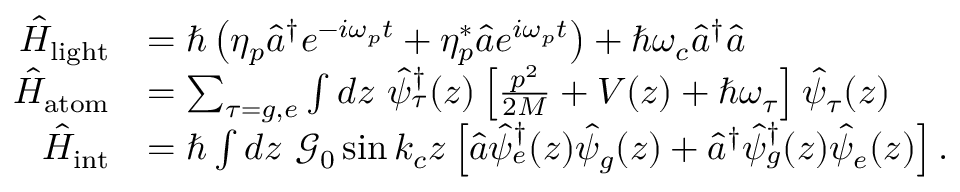
\begin{array} { r l } { \hat { H } _ { { \mathrm { l i g h t } } } } & { = \hbar \left( \eta _ { p } \hat { a } ^ { \dagger } e ^ { - i \omega _ { p } t } + \eta _ { p } ^ { * } \hat { a } e ^ { i \omega _ { p } t } \right) + \hbar \omega _ { c } \hat { a } ^ { \dagger } \hat { a } } \\ { \hat { H } _ { { \mathrm { a t o m } } } } & { = \sum _ { \tau = g , e } \int d z \ \hat { \psi } _ { \tau } ^ { \dagger } ( z ) \left[ \frac { p ^ { 2 } } { 2 M } + V ( z ) + \hbar \omega _ { \tau } \right] \hat { \psi } _ { \tau } ( z ) } \\ { \hat { H } _ { { \mathrm { i n t } } } } & { = \hbar \int d z \ \mathcal { G } _ { 0 } \sin k _ { c } z \left[ \hat { a } \hat { \psi } _ { e } ^ { \dagger } ( z ) \hat { \psi } _ { g } ( z ) + \hat { a } ^ { \dagger } \hat { \psi } _ { g } ^ { \dagger } ( z ) \hat { \psi } _ { e } ( z ) \right] . } \end{array}